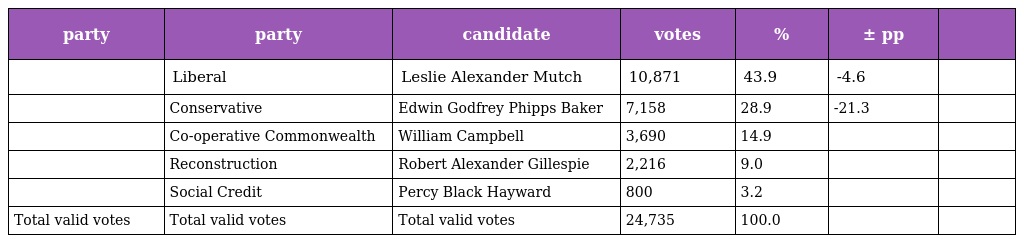
| party | party | candidate | votes | % | ± pp |  |
 | --- | --- | --- | --- | --- | --- | --- |
 |  | Liberal | Leslie Alexander Mutch | 10,871 | 43.9 | -4.6 |  |
 |  | Conservative | Edwin Godfrey Phipps Baker | 7,158 | 28.9 | -21.3 |  |
 |  | Co-operative Commonwealth | William Campbell | 3,690 | 14.9 |  |  |
 |  | Reconstruction | Robert Alexander Gillespie | 2,216 | 9.0 |  |  |
 |  | Social Credit | Percy Black Hayward | 800 | 3.2 |  |  |
 | Total valid votes | Total valid votes | Total valid votes | 24,735 | 100.0 |  |  |